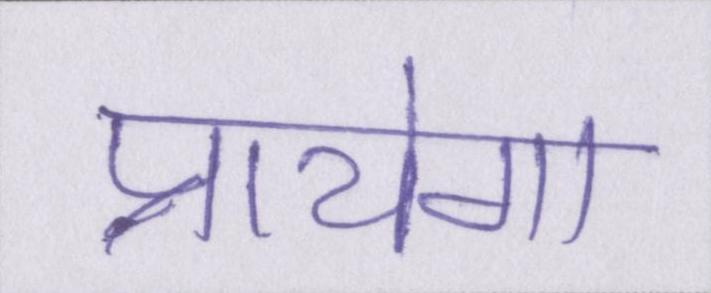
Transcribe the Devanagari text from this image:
पायेगा